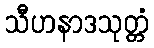
သီဟနာဒသုတ္တံ